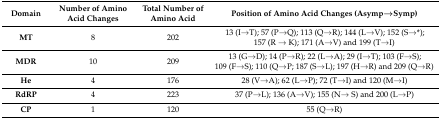
<table><thead><tr><td><b>Domain</b></td><td><b>Number of Amino Acid Changes</b></td><td><b>Total Number of Amino Acid</b></td><td><b>Position of Amino Acid Changes (Asymp→Symp)</b></td></tr></thead><tbody><tr><td><b>MT</b></td><td>8</td><td>202</td><td>13 (I→T); 57 (P→Q); 113 (Q→R); 144 (L→V); 152 (S→*); 157 (R → K); 171 (A→V) and 199 (T→I)</td></tr><tr><td><b>MDR</b></td><td>10</td><td>209</td><td>13 (G→D); 14 (P→R); 22 (L→A); 29 (I→T); 103 (F→S); 109 (F→S); 110 (Q→P; 187 (S→L); 197 (H→R) and 209 (Q→R)</td></tr><tr><td><b>He</b></td><td>4</td><td>176</td><td>28 (V→A); 62 (L→P); 72 (T→I) and 120 (M→I)</td></tr><tr><td><b>RdRP</b></td><td>4</td><td>223</td><td>37 (P→L); 136 (A→V); 155 (N→ S) and 200 (L→P)</td></tr><tr><td><b>CP</b></td><td>1</td><td>120</td><td>55 (Q→R)</td></tr></tbody></table>